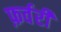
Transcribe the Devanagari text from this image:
फ़र्वरी